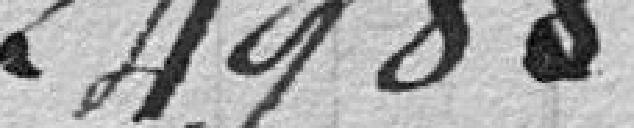
24,988